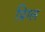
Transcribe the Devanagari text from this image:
प्रिग्ल